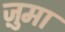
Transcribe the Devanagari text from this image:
ज़ुमा